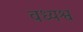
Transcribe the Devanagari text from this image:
वध्यश्व